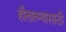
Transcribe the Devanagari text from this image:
हौतात्म्यासाठी